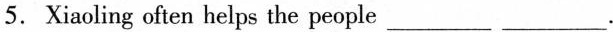
5. Xiaoling often helps the people ___ ___.